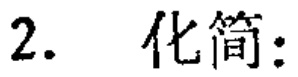
2. 化简：